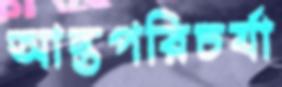
আন্তপরিচর্যা